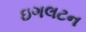
ઇગલટન